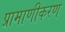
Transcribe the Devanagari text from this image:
प्रामाणीकरण